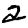
Digit: 2